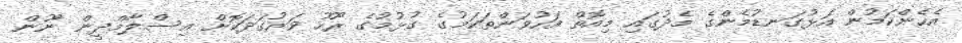
އެހެންކަމުން އަޅުގަނޑުމެންގެ މެދުގައި މިއޮތް އަހުވަންތަކަމުގެ ގުޅުމުގެ ރޫހު ވަރުގަދަކޮށް އިސްލާމްދީން ނޫން